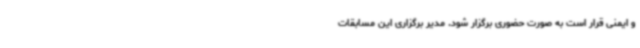
و ایمنی قرار است به صورت حضوری برگزار شود. مدیر برگزاری این مسابقات